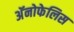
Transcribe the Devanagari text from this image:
अॅनोफेलिस